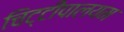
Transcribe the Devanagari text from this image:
चिट्टीपालयम